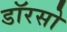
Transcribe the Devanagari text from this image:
डॉरसो